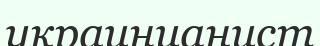
украинианист